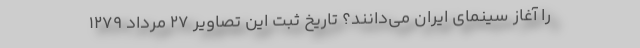
را آغاز سینمای ایران می‌دانند؟ تاریخ ثبت این تصاویر ۲۷ مرداد ۱۲۷۹